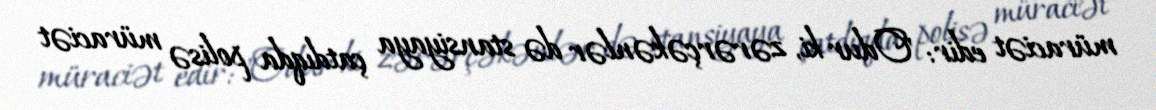
müraciət edir: "Odur ki, zərərçəkənlər də stansiyaya çatdıqda polisə müraciət